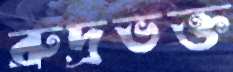
রুদ্রভক্ত